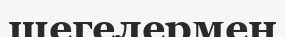
шегелермен